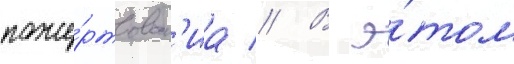
поже́ртвован'иа // В э́том